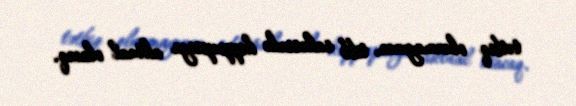
tətbiq olunmayınca, tibb sahəsində koppupsiya aktual olacaq.